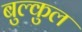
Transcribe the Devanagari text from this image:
बुल्कुल